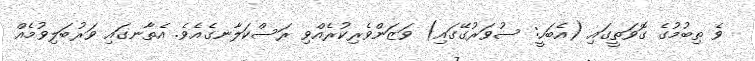
ވެ ތިބުމުގެ ގޮވަތީގައި (އެބަހީ: ސުވަރުގޭގައި) ވަޒަންވެރިކުރެއްވި ރަސްކަލާނގެއެވެ. އެތާނގައި ވަރުބަލިވުމެއް